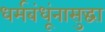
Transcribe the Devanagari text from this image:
धर्मबंधूंनासुद्धा